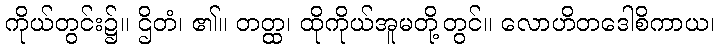
ကိုယ်တွင်း၌။ ဌိတံ၊ ၏။ တတ္ထ၊ ထိုကိုယ်အူမတို့တွင်။ လောဟိတဒေါစိကာယ၊